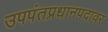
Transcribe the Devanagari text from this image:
उपपंतप्रधानपदावर